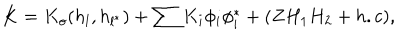
K = K _ { o } ( h _ { l } , h _ { l ^ { * } } ) + \sum K _ { i } \phi _ { i } \phi _ { i } ^ { * } + ( Z H _ { 1 } H _ { 2 } + h . c ) ,